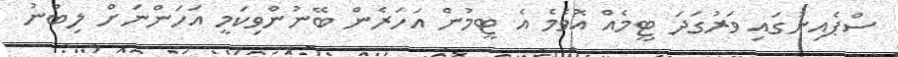
ސްޕެއިނުގައި ވަރުގަދަ ޓީމެއް އޮވެމެ އެ ޓީމުން އަހަރެން ބޭނުންވިކަމީ އަހަންނަށް ލިބުނު